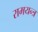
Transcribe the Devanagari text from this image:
रामयन्त्र